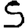
Digit: 5